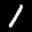
Label: 1